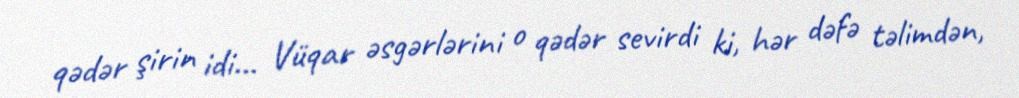
qədər şirin idi... Vüqar əsgərlərini o qədər sevirdi ki, hər dəfə təlimdən,